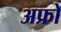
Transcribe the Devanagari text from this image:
अफ्रो